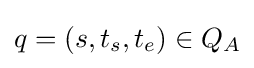
q=(s,t_{s},t_{e})\in Q_{A}